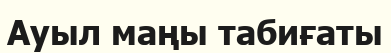
Ауыл маңы табиғаты